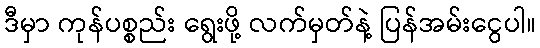
ဒီမှာ ကုန်ပစ္စည်း ရွေးဖို့ လက်မှတ်နဲ့ ပြန်အမ်းငွေပါ။